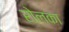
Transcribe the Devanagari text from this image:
रोलका